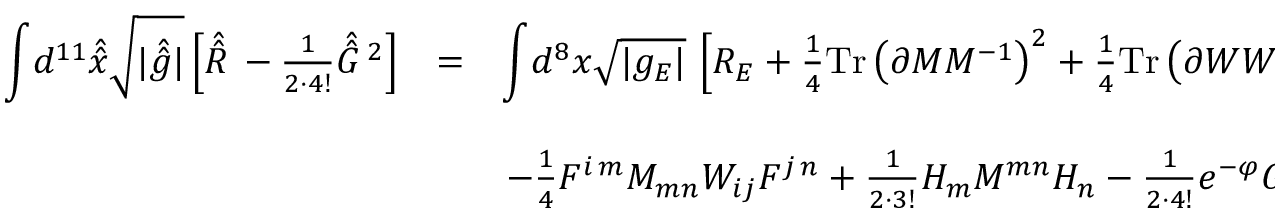
\begin{array} { r c l } { { { \displaystyle \int } d ^ { 1 1 } \hat { \hat { x } } \sqrt { | \hat { \hat { g } } | } \left[ \hat { \hat { R } \, } - \frac { 1 } { 2 \cdot 4 ! } \hat { \hat { G } \, } { } ^ { 2 } \right] } } & { { = } } & { { { \displaystyle \int } d ^ { 8 } x \sqrt { | g _ { E } | } \, \left[ R _ { E } + \frac { 1 } { 4 } \mathrm { T r } \left( \partial { \cal M } { \cal M } ^ { - 1 } \right) ^ { 2 } + \frac { 1 } { 4 } \mathrm { T r } \left( \partial { \cal W } { \cal W } ^ { - 1 } \right) ^ { 2 } \right. } } \\ { { } } & { { } } & { { } } \\ { { } } & { { } } & { { \left. - \frac { 1 } { 4 } F ^ { i \, m } { \cal M } _ { m n } { \cal W } _ { i j } F ^ { j \, n } + \frac { 1 } { 2 \cdot 3 ! } H _ { m } { \cal M } ^ { m n } H _ { n } - \frac { 1 } { 2 \cdot 4 ! } e ^ { - \varphi } G ^ { 2 } \right] \, , } } \end{array}